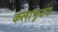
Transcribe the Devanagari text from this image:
कलाभुवन